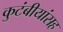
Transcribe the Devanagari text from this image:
कुटंबीयांसह